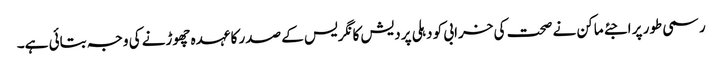
رسمی طور پر اجئے ماکن نے صحت کی خرابی کو دہلی پردیش کانگریس کے صدر کا عہدہ چھوڑنے کی وجہ بتائی ہے۔